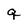
Character: q